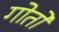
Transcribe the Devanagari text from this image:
गोतों